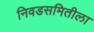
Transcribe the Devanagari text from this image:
निवडसमितीला